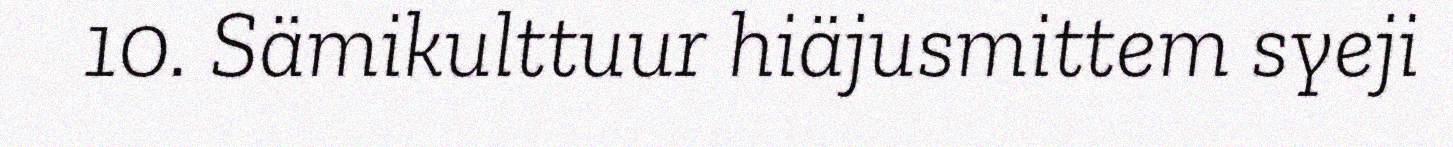
10. Sämikulttuur hiäjusmittem syeji